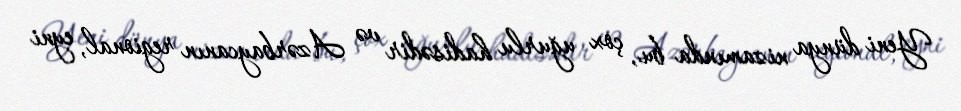
Yeni dünya nizamında bu, çox uğurlu hadisədir və Azərbaycanın regional, eyni